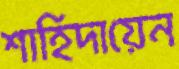
শাহিদায়েন